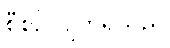
စီစဉ်လျက်ရှိသည်